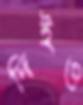
দিইও